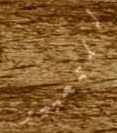
للتعبير